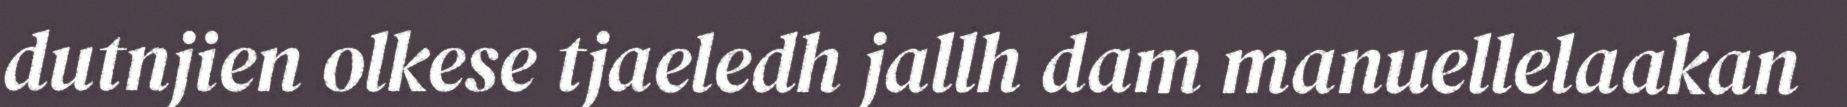
dutnjien olkese tjaeledh jallh dam manuellelaakan